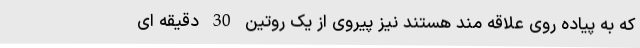
که به پیاده روی علاقه مند هستند نیز پیروی از یک روتین 30 دقیقه ای